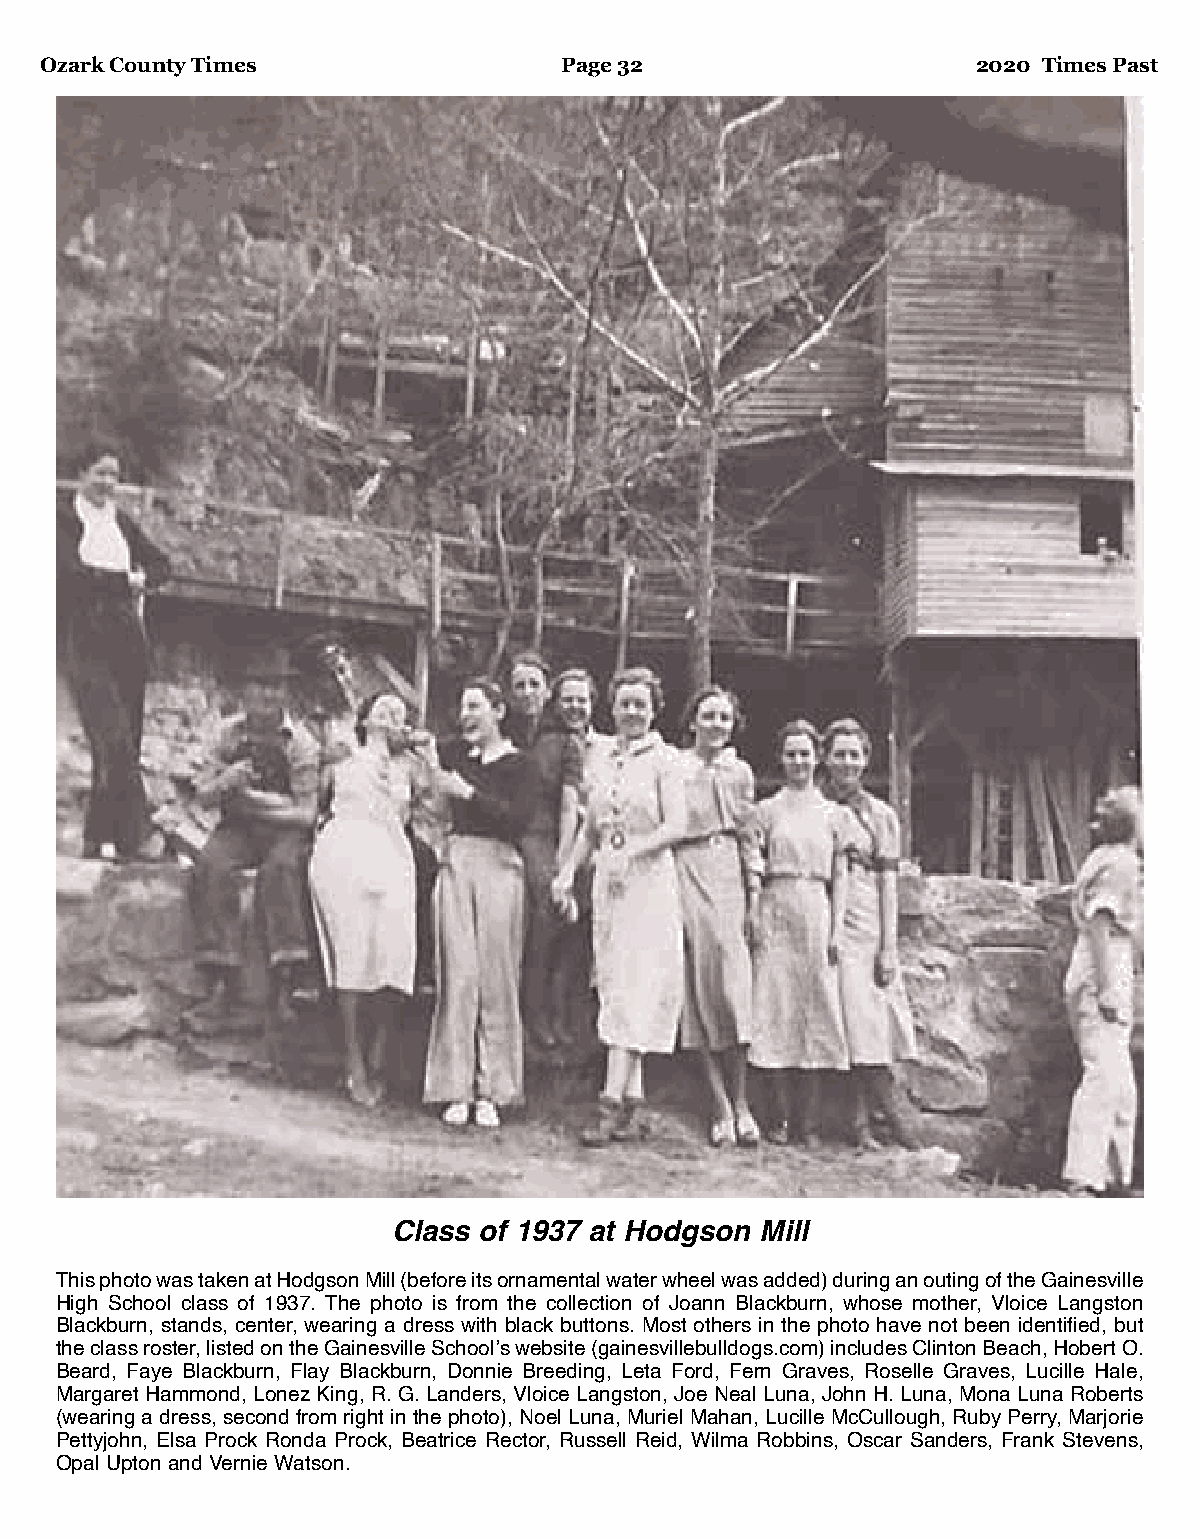
Ozark County Times                Page 32                     2020 Times Past
 Class of 1937 at Hodgson Mill
 This photo was taken at Hodgson Mill (before its ornamental water wheel was added) during an outing of the Gainesville
 High School class of 1937. The photo is from the collection of Joann Blackburn, whose mother, Vloice Langston
 Blackburn, stands, center, wearing a dress with black buttons. Most others in the photo have not been identified, but
 the class roster, listed on the Gainesville School’s website (gainesvillebulldogs.com) includes Clinton Beach, Hobert O.
 Beard, Faye Blackburn, Flay Blackburn, Donnie Breeding, Leta Ford, Fern Graves, Roselle Graves, Lucille Hale,
 Margaret Hammond, Lonez King, R. G. Landers, Vloice Langston, Joe Neal Luna, John H. Luna, Mona Luna Roberts
 (wearing a dress, second from right in the photo), Noel Luna, Muriel Mahan, Lucille McCullough, Ruby Perry, Marjorie
 Pettyjohn, Elsa Prock Ronda Prock, Beatrice Rector, Russell Reid, Wilma Robbins, Oscar Sanders, Frank Stevens,
 Opal Upton and Vernie Watson.